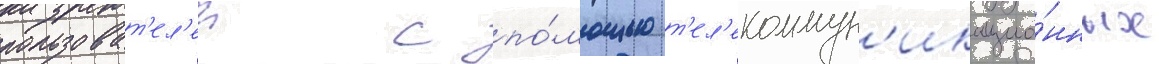
пользоват'ел'еи с по́мощью т'ел'екоммун'икацио́нных